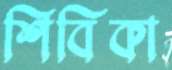
শিবিকা